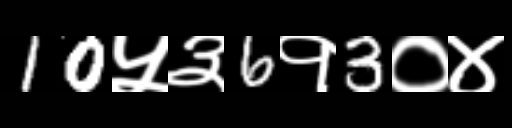
Text: 10५३6१3०४